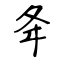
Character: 夅